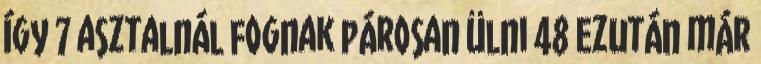
így 7 asztalnál fognak párosan ülni 48 Ezután már